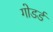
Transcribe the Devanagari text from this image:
गोडर्ड